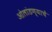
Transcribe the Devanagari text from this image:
ओलांडण्याचे